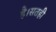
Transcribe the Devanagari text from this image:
है।सतही